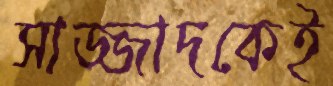
সাজ্জাদকেই